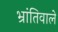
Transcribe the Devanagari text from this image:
भ्रांतिवाले